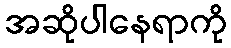
အဆိုပါနေရာကို